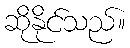
ဆိုနိုင်သည်။